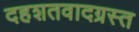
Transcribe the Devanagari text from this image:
दहशतवादग्रस्त